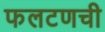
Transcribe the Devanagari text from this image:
फलटणची